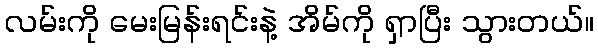
လမ်းကို မေးမြန်းရင်းနဲ့ အိမ်ကို ရှာပြီး သွားတယ်။